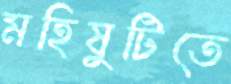
মহিষুটিতে